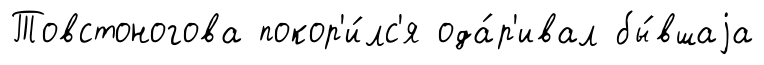
Товстоногова покор'и́лс'я ода́р'ивал бы́вшаjа